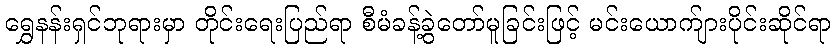
ရွှေနန်းရှင်ဘုရားမှာ တိုင်းရေးပြည်ရာ စီမံခန့်ခွဲတော်မူခြင်းဖြင့် မင်းယောက်ျားပိုင်းဆိုင်ရာ